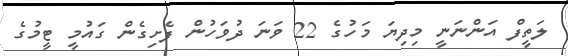
ލަތީފް އަންނަނީ މިދިޔަ މަހުގެ 22 ވަނަ ދުވަހުން ފެށިގެން ގައުމީ ޓީމުގެ